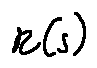
r ( s )